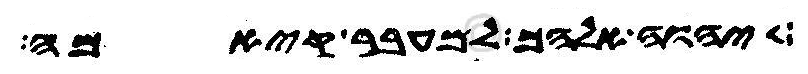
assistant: יהוה אלהך למעבר קיאמה